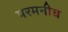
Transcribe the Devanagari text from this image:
परमनीच